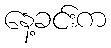
နေ့ခင်းက